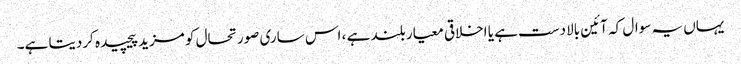
یہاں یہ سوال کہ آئین بالادست ہے یا اخلاقی معیار بلند ہے ، اس ساری صورتحال کو مزید پیچیدہ کردیتا ہے۔